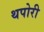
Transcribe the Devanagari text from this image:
थपोरी